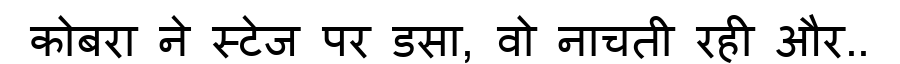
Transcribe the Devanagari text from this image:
कोबरा ने स्टेज पर डसा, वो नाचती रही और..